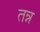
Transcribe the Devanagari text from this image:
तन्न